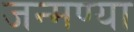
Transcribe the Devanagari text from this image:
जन्मण्या